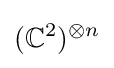
(\mathbb {C} ^{2})^{\otimes n}